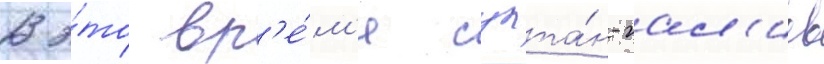
В э́то вр'е́м'я султа́н-гал'иев